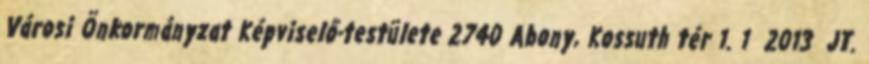
Városi Önkormányzat Képviselő-testülete 2740 Abony, Kossuth tér 1. 1 2013 JT.